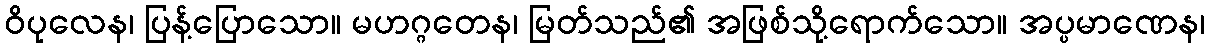
ဝိပုလေန၊ ပြန့်ပြောသော။ မဟဂ္ဂတေန၊ မြတ်သည်၏ အဖြစ်သို့ရောက်သော။ အပ္ပမာဏေန၊